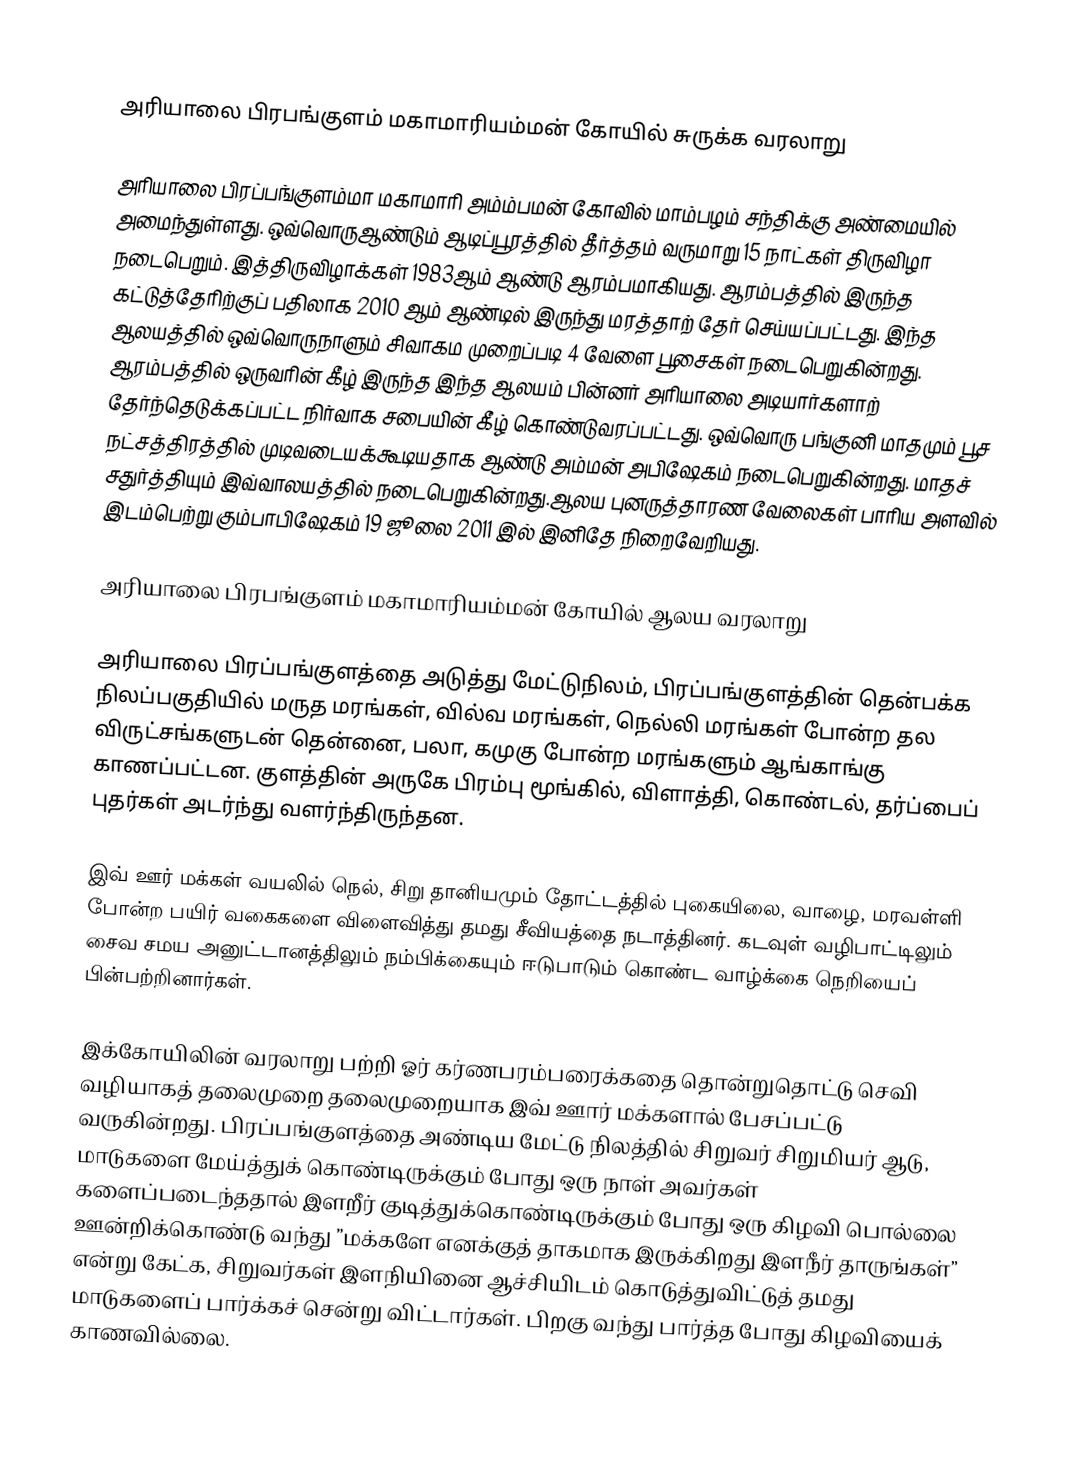

அரியாலை பிரபங்குளம் மகாமாரியம்மன் கோயில் சுருக்க வரலாறு

அரியாலை பிரப்பங்குளம்மா மகாமாரி அம்ம்பமன் கோவில் மாம்பழம் சந்திக்கு அண்மையில் அமைந்துள்ளது. ஒவ்வொருஆண்டும் ஆடிப்பூரத்தில் தீர்த்தம் வருமாறு 15 நாட்கள் திருவிழா நடைபெறும். இத்திருவிழாக்கள் 1983ஆம் ஆண்டு ஆரம்பமாகியது. ஆரம்பத்தில் இருந்த கட்டுத்தேரிற்குப் பதிலாக 2010 ஆம் ஆண்டில் இருந்து மரத்தாற் தேர் செய்யப்பட்டது. இந்த ஆலயத்தில் ஒவ்வொருநாளும் சிவாகம முறைப்படி 4 வேளை பூசைகள் நடைபெறுகின்றது. ஆரம்பத்தில் ஒருவரின் கீழ் இருந்த இந்த ஆலயம் பின்னர் அரியாலை அடியார்களாற் தேர்ந்தெடுக்கப்பட்ட நிர்வாக சபையின் கீழ் கொண்டுவரப்பட்டது. ஒவ்வொரு பங்குனி மாதமும் பூச நட்சத்திரத்தில் முடிவடையக்கூடியதாக ஆண்டு அம்மன் அபிஷேகம் நடைபெறுகின்றது. மாதச் சதுர்த்தியும் இவ்வாலயத்தில் நடைபெறுகின்றது.ஆலய புனருத்தாரண வேலைகள் பாரிய அளவில் இடம்பெற்று கும்பாபிஷேகம் 19 ஜூலை 2011 இல் இனிதே நிறைவேறியது.

அரியாலை பிரபங்குளம் மகாமாரியம்மன் கோயில் ஆலய வரலாறு

அரியாலை பிரப்பங்குளத்தை அடுத்து மேட்டுநிலம், பிரப்பங்குளத்தின் தென்பக்க நிலப்பகுதியில் மருத மரங்கள், வில்வ மரங்கள், நெல்லி மரங்கள் போன்ற தல விருட்சங்களுடன் தென்னை, பலா, கமுகு போன்ற மரங்களும் ஆங்காங்கு காணப்பட்டன. குளத்தின் அருகே பிரம்பு மூங்கில், விளாத்தி, கொண்டல், தர்ப்பைப் புதர்கள் அடர்ந்து வளர்ந்திருந்தன.

இவ் ஊர் மக்கள் வயலில் நெல், சிறு தானியமும் தோட்டத்தில் புகையிலை, வாழை, மரவள்ளி போன்ற பயிர் வகைகளை விளைவித்து தமது சீவியத்தை நடாத்தினர். கடவுள் வழிபாட்டிலும் சைவ சமய அனுட்டானத்திலும் நம்பிக்கையும் ஈடுபாடும் கொண்ட வாழ்க்கை நெறியைப் பின்பற்றினார்கள்.

இக்கோயிலின் வரலாறு பற்றி ஓர் கர்ணபரம்பரைக்கதை தொன்றுதொட்டு செவி வழியாகத் தலைமுறை தலைமுறையாக இவ் ஊார் மக்களால் பேசப்பட்டு வருகின்றது. பிரப்பங்குளத்தை அண்டிய மேட்டு நிலத்தில் சிறுவர் சிறுமியர் ஆடு, மாடுகளை மேய்த்துக் கொண்டிருக்கும் போது ஒரு நாள் அவர்கள் களைப்படைந்ததால் இளறீர் குடித்துக்கொண்டிருக்கும் போது ஒரு கிழவி பொல்லை ஊன்றிக்கொண்டு வந்து ”மக்களே எனக்குத் தாகமாக இருக்கிறது இளநீர் தாருங்கள்” என்று கேட்க, சிறுவர்கள் இளநியினை ஆச்சியிடம் கொடுத்துவிட்டுத் தமது மாடுகளைப் பார்க்கச் சென்று விட்டார்கள். பிறகு வந்து பார்த்த போது கிழவியைக் காணவில்லை.